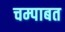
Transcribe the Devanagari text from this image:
चम्पाबत